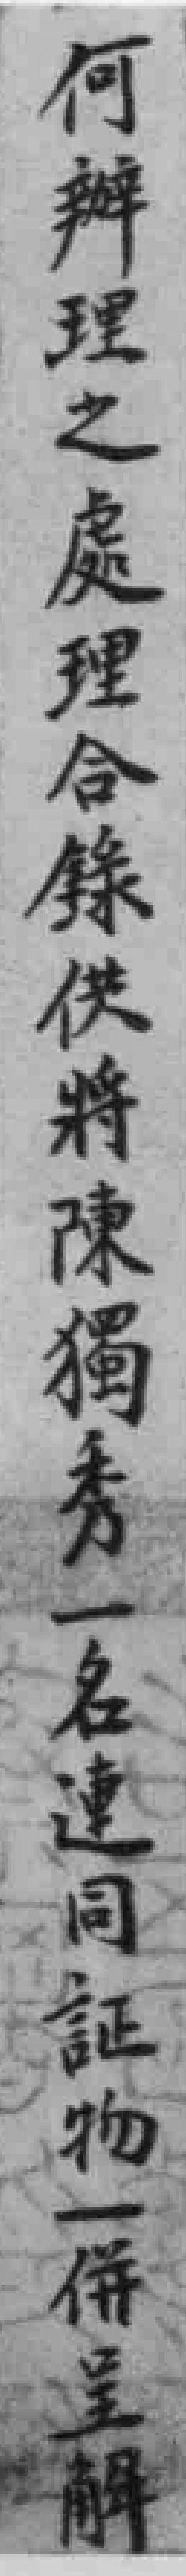
何辦理之處理合錄供將陳獨秀一名連同証物一併呈解